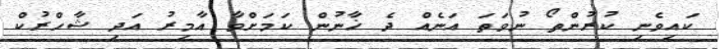
ކައިވެނި ކުރުންތޯ ނުވަތަ އަނެއް ދެ ޚާނުން ކަމަށްވާ އާމިރު އަދި ޝާހްރުކް